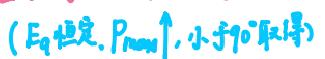
$(E_q 恒定, P_{max} \uparrow, 小于 90^{\circ} 取得)$